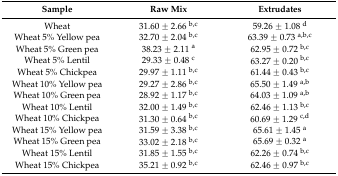
<table><thead><tr><td><b>Sample</b></td><td><b>Raw Mix</b></td><td><b>Extrudates</b></td></tr></thead><tbody><tr><td>Wheat</td><td>31.60 ± 2.66 <sup>b,c</sup></td><td>59.26 ± 1.08 <sup>d</sup></td></tr><tr><td>Wheat 5% Yellow pea</td><td>32.70 ± 2.04 <sup>b,c</sup></td><td>63.39 ± 0.73 <sup>a,b,c</sup></td></tr><tr><td>Wheat 5% Green pea</td><td>38.23 ± 2.11 <sup>a</sup></td><td>62.95 ± 0.72 <sup>b,c</sup></td></tr><tr><td>Wheat 5% Lentil</td><td>29.33 ± 0.48 <sup>c</sup></td><td>63.27 ± 0.20 <sup>b,c</sup></td></tr><tr><td>Wheat 5% Chickpea</td><td>29.97 ± 1.11 <sup>b,c</sup></td><td>61.44 ± 0.43 <sup>b,c</sup></td></tr><tr><td>Wheat 10% Yellow pea</td><td>29.27 ± 2.86 <sup>b,c</sup></td><td>65.50 ± 1.49 <sup>a,b</sup></td></tr><tr><td>Wheat 10% Green pea</td><td>28.92 ± 1.17 <sup>b,c</sup></td><td>64.03 ± 1.09 <sup>a,b</sup></td></tr><tr><td>Wheat 10% Lentil</td><td>32.00 ± 1.49 <sup>b,c</sup></td><td>62.46 ± 1.13 <sup>b,c</sup></td></tr><tr><td>Wheat 10% Chickpea</td><td>31.30 ± 0.64 <sup>b,c</sup></td><td>60.69 ± 1.29 <sup>c,d</sup></td></tr><tr><td>Wheat 15% Yellow pea</td><td>31.59 ± 3.38 <sup>b,c</sup></td><td>65.61 ± 1.45 <sup>a</sup></td></tr><tr><td>Wheat 15% Green pea</td><td>33.02 ± 2.18 <sup>b,c</sup></td><td>65.69 ± 0.32 <sup>a</sup></td></tr><tr><td>Wheat 15% Lentil</td><td>31.85 ± 1.55 <sup>b,c</sup></td><td>62.26 ± 0.74 <sup>b,c</sup></td></tr><tr><td>Wheat 15% Chickpea</td><td>35.21 ± 0.92 <sup>b,c</sup></td><td>62.46 ± 0.97 <sup>b,c</sup></td></tr></tbody></table>